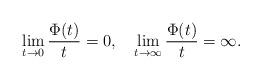
LaTeX: \begin{align*} \lim_{t\to0}\frac{\Phi(t)}{t} =0, \quad\lim_{t\to\infty}\frac{\Phi(t)}{t} = \infty.\end{align*}